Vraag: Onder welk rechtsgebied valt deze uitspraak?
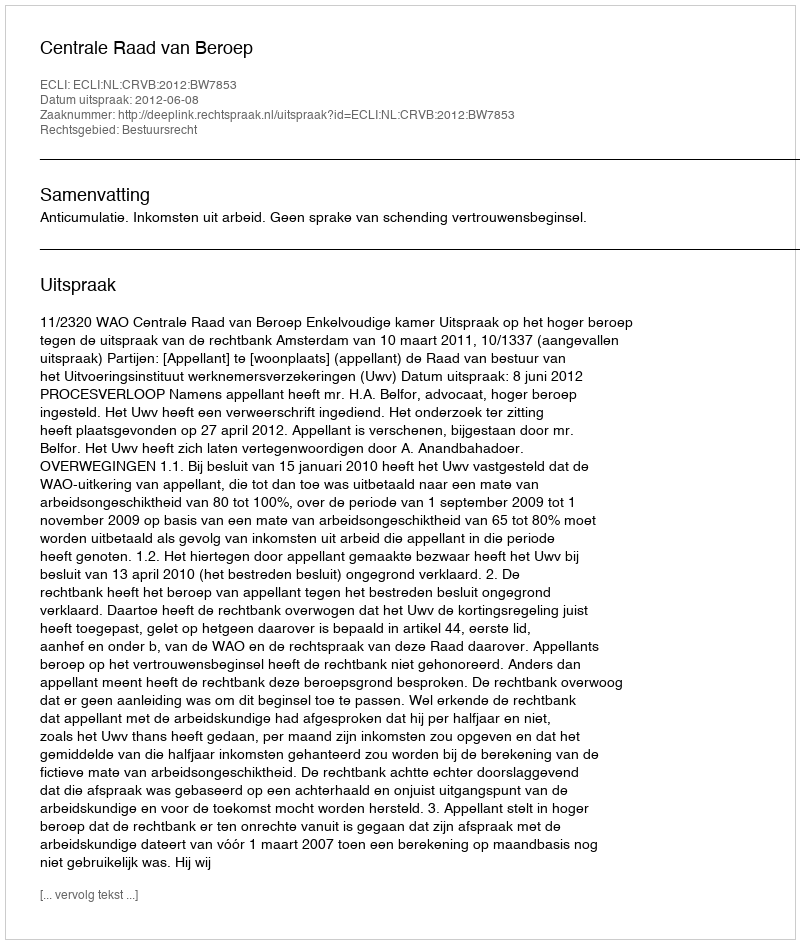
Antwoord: Bestuursrecht